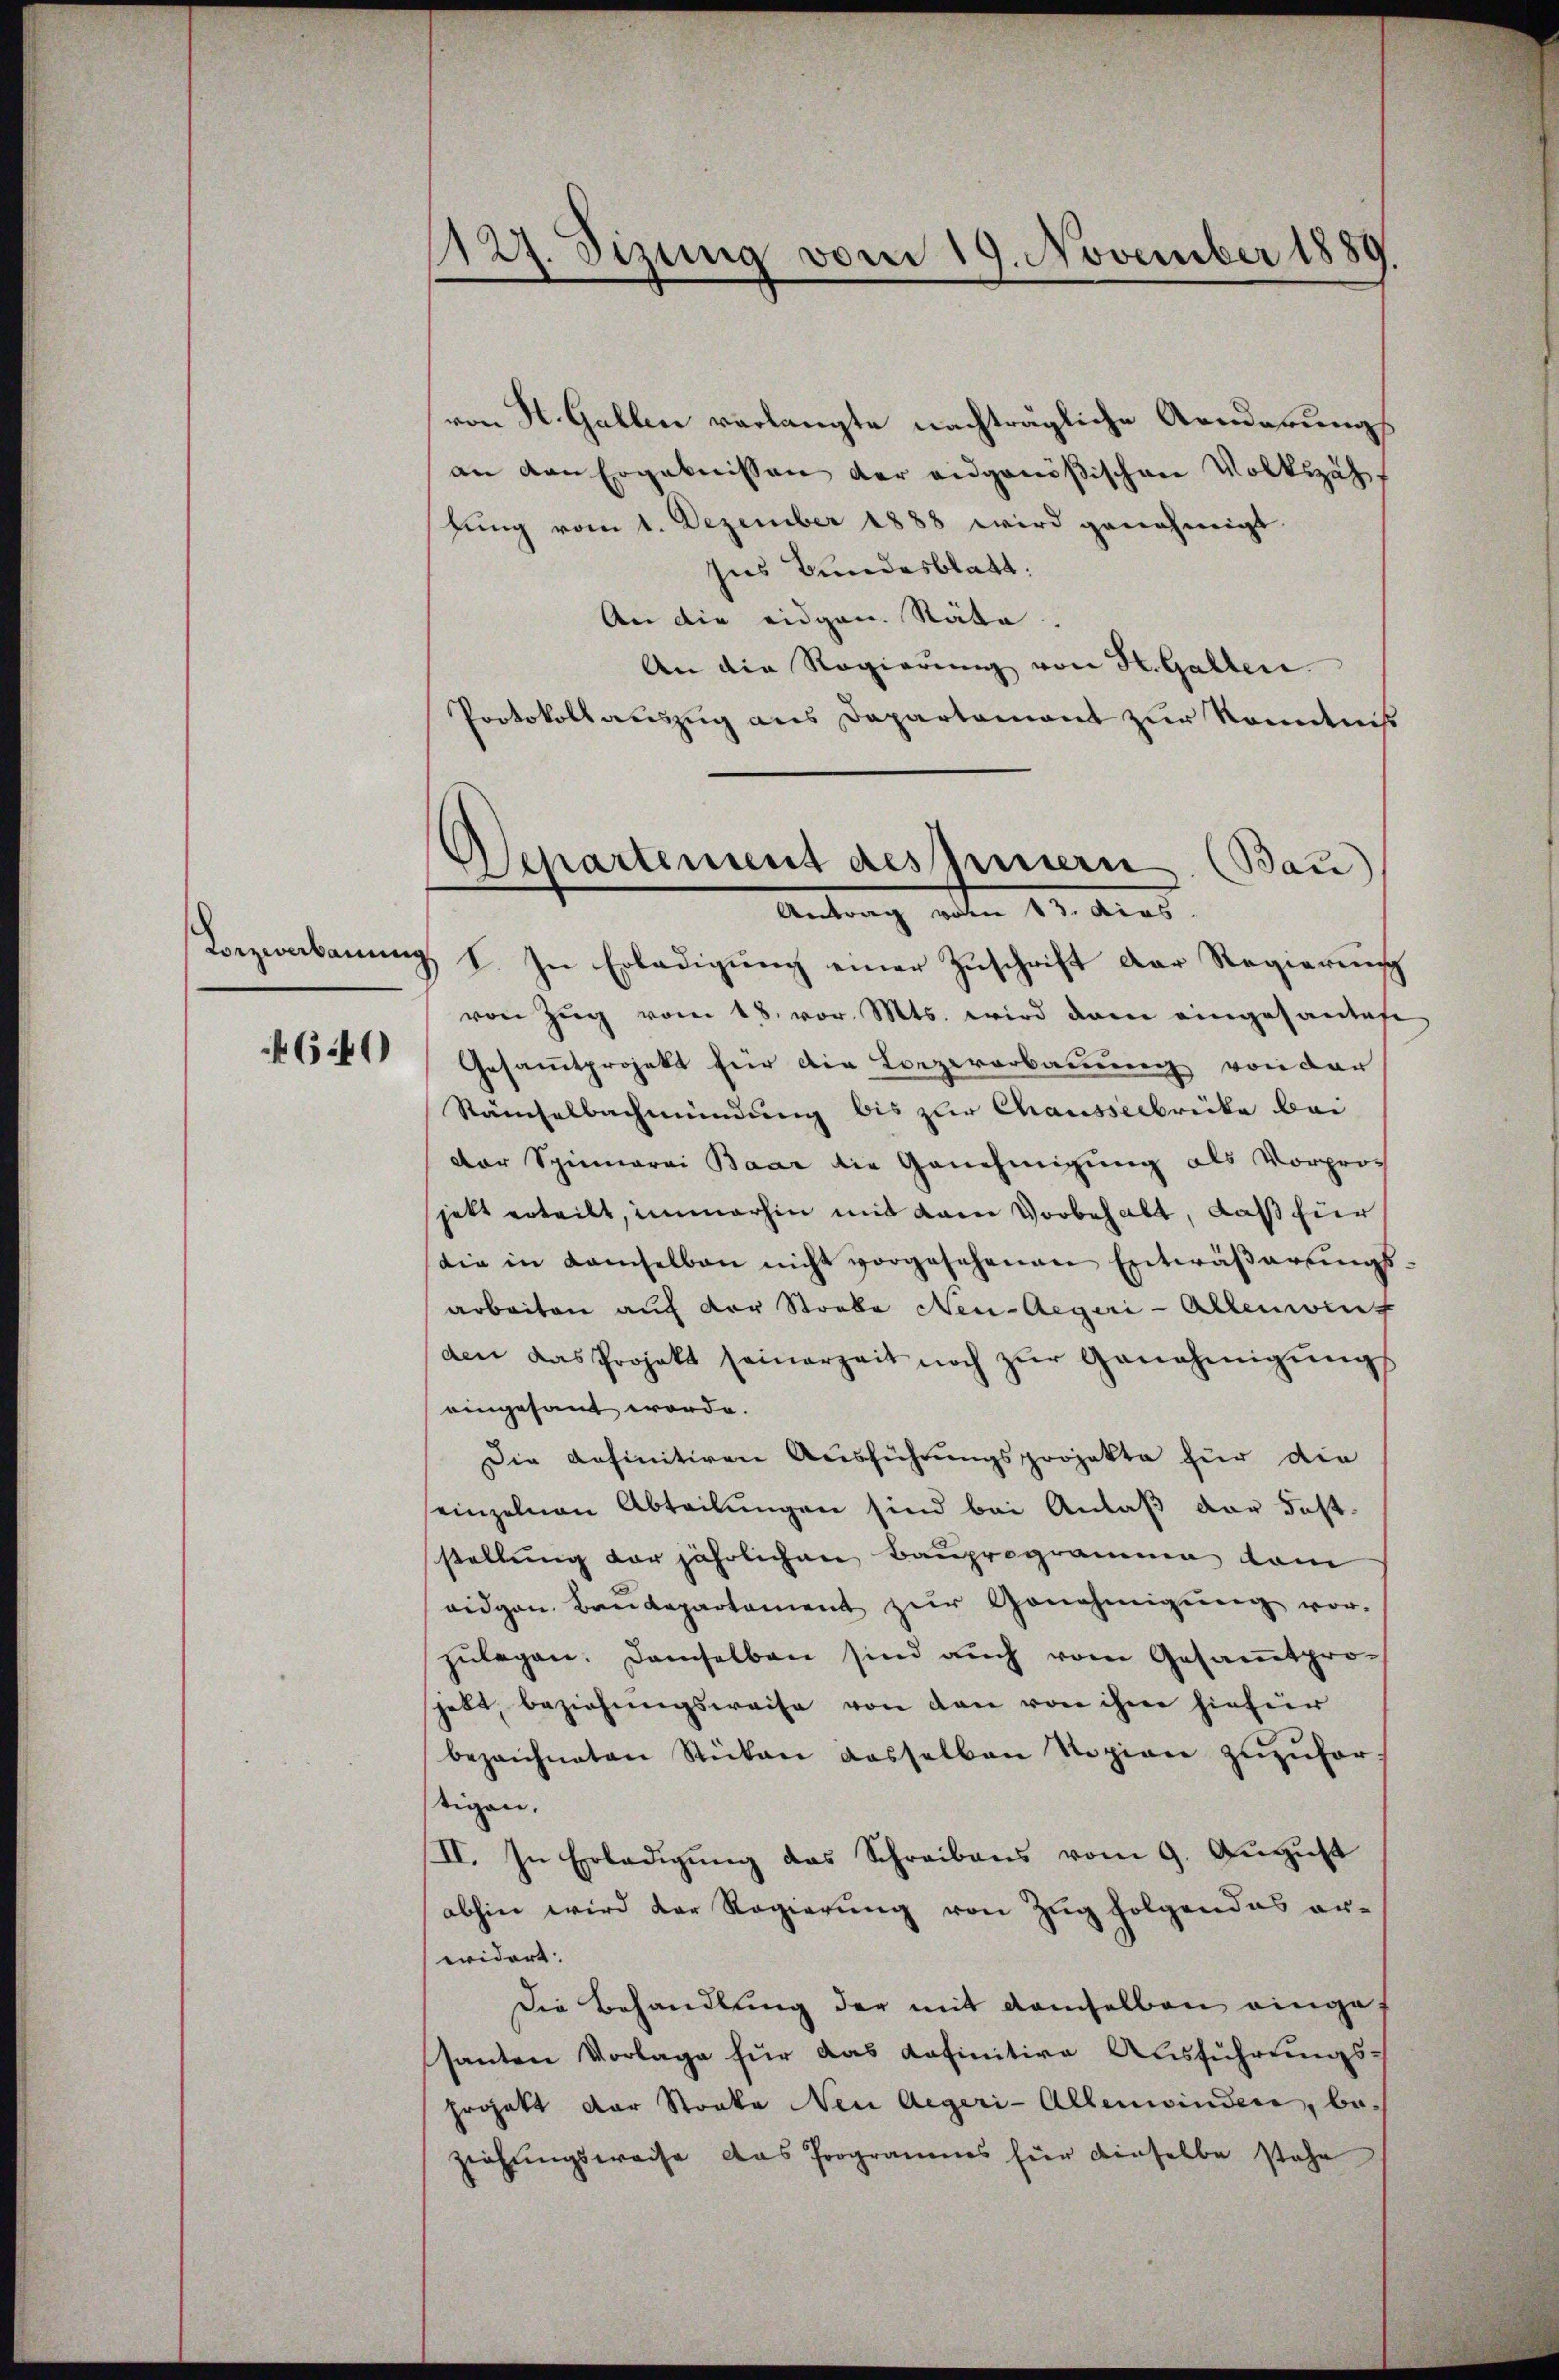
4640

127. Sizung vom 19. November 1889.

(von St. Gallen verlangte nachträgliche Aenderungs
an den Ergebnissen der eidgenößischen Volkszähfung vom 1. Dezember 1888 wird genehmigt
Ins Bundesblatt.
An die eidgen. Räte.
An die Regierung von H. Gallen
Protokollauszug aus Departement zur Kenntnis
Bezwakanung, I. In Erledigung einer Zuschrift der Regierung
von Zŭg vom 18. vor. Mts. wird dann eingesamtete
Gesamtprojekt für die Lorzererbauung von der
Räuchelbachmündung bis zur Chausserbrücke bei
der Spinnerei Baar die Genehmigung als Vorprojett erteilt, immerhin mit kam Vorbehalt, daß für
die in damselben nicht vorgesehenen Entwäβarŭngs-
arbeiten auf der Strebe Neu-Aeger-Allenwing
den das Projekt seinerzeit noch zŭr Genehmigŭngs
eingesant werde.
Die befinitiven Ausführŭngsprojekte für die
seinzelnen Abteilungen sind bei Anlaß der Feststellung der jährlichen Bauprogrammen dam
eidgen. Baudepartement zur Genehmigung vor.
zŭlegen. Demselben sind auch vom Gesamtprohebt, beziehungsweise von den von ihre hiefür
bezeichneten Stücken dasselben Regien zŭzŭfor-
stigen.
II. In Erledigung das Schreibens vom 9. August
abhin wird der Regierung von Zug folgendes er-
widert. |
Die Behandlung der mit demselben eingesanten Vorlage für das definitive Ausführungs¬
Ergatt der Streke Neu Aegeri-Allenwinden, beziehungsweise das Programmes für dieselbe stehe

Separtement des Innern. (Bau)
Antrag alten 12. Aus